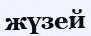
жүзей